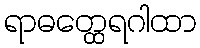
ရာဓတ္ထေရဂါထာ